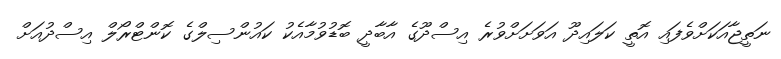
ނަތީޖާއަކަށްވެފައި އޮތީ ކަލައިދޫ އަވަށަށްވުރެ އިސްދޫގެ އާބާދީ ބޮޑުވުމާއެކު ކައުންސިލްގެ ކޮންޓްރޯލް އިސްދުއަށް